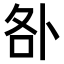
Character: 𠧨